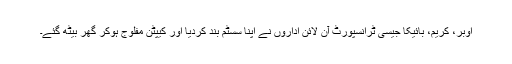
اوبر، کریم، بائیکا جیسی ٹرانسپورٹ آن لائن اداروں نے اپنا سسٹم بند کردیا اور کیپٹن مفلوج ہوکر گھر بیٹھ گئے۔